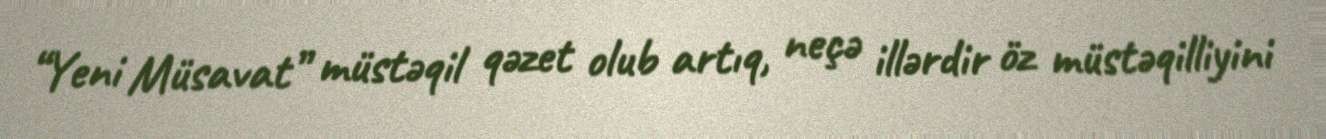
“Yeni Müsavat” müstəqil qəzet olub artıq, neçə illərdir öz müstəqilliyini